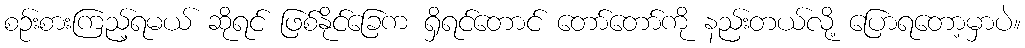
စဉ်းစားကြည့်ရမယ် ဆိုရင် ဖြစ်နိုင်ခြေက ရှိရင်တောင် တော်တော်ကို နည်းတယ်လို့ ပြောရတော့မှာပဲ။